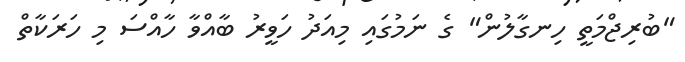
"ބުރިޖްމަތީ ހިނގާލުން" ގެ ނަމުގައި މިއަދު ހަވީރު ބާއްވާ ހާއްސަ މި ހަރަކާތް